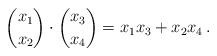
\begin{align*} {x_1 \choose x_2} \cdot {x_3 \choose x_4} = x_1 x_3 + x_2 x_4 \, .\end{align*}